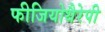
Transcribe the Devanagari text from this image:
फीजियोथैरेपी